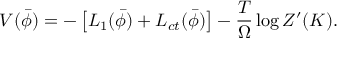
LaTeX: V ( \bar { \phi } ) = - \left[ { \cal L } _ { 1 } ( \bar { \phi } ) + { \cal L } _ { c t } ( \bar { \phi } ) \right] - \frac { T } { \Omega } \log Z ^ { \prime } ( K ) .